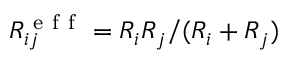
R _ { i j } ^ { \mathrm { ~ e ~ f ~ f ~ } } = R _ { i } R _ { j } / ( R _ { i } + R _ { j } )